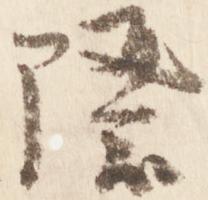
際